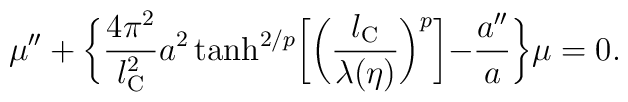
\mu ''+\biggl\{\frac{4\pi ^2}{l_{\rm C}^2}a^2\tanh ^{2/p}\biggl[\biggl(\frac{l_{\rm C}}{\lambda (\eta )}\biggr)^p\biggl]-\frac{a''}{a}\biggr\}\mu =0.